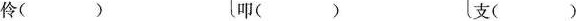
伶（） 叩（） 支（）